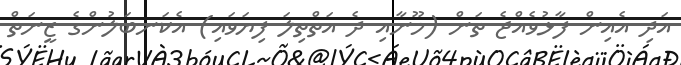
އަދި އެއިން ފާޅުވެއްޖެ ތަން (މޫނާއި ދެ އަތްތިލަ ފިޔަވައި) އެކަނބަލުންގެ ޒީނަތް